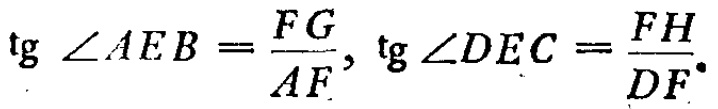
\(\text{tg } \angle AEB=\frac{FG}{AF},\text{ tg } \angle DEC=\frac{FH}{DF}.\)